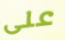
على